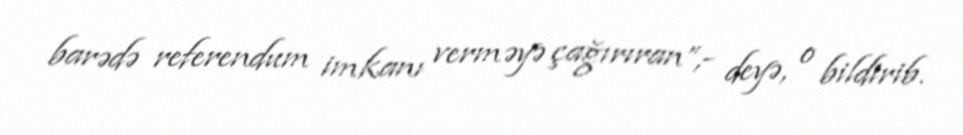
barədə referendum imkanı verməyə çağırıran”,- deyə, o bildirib.